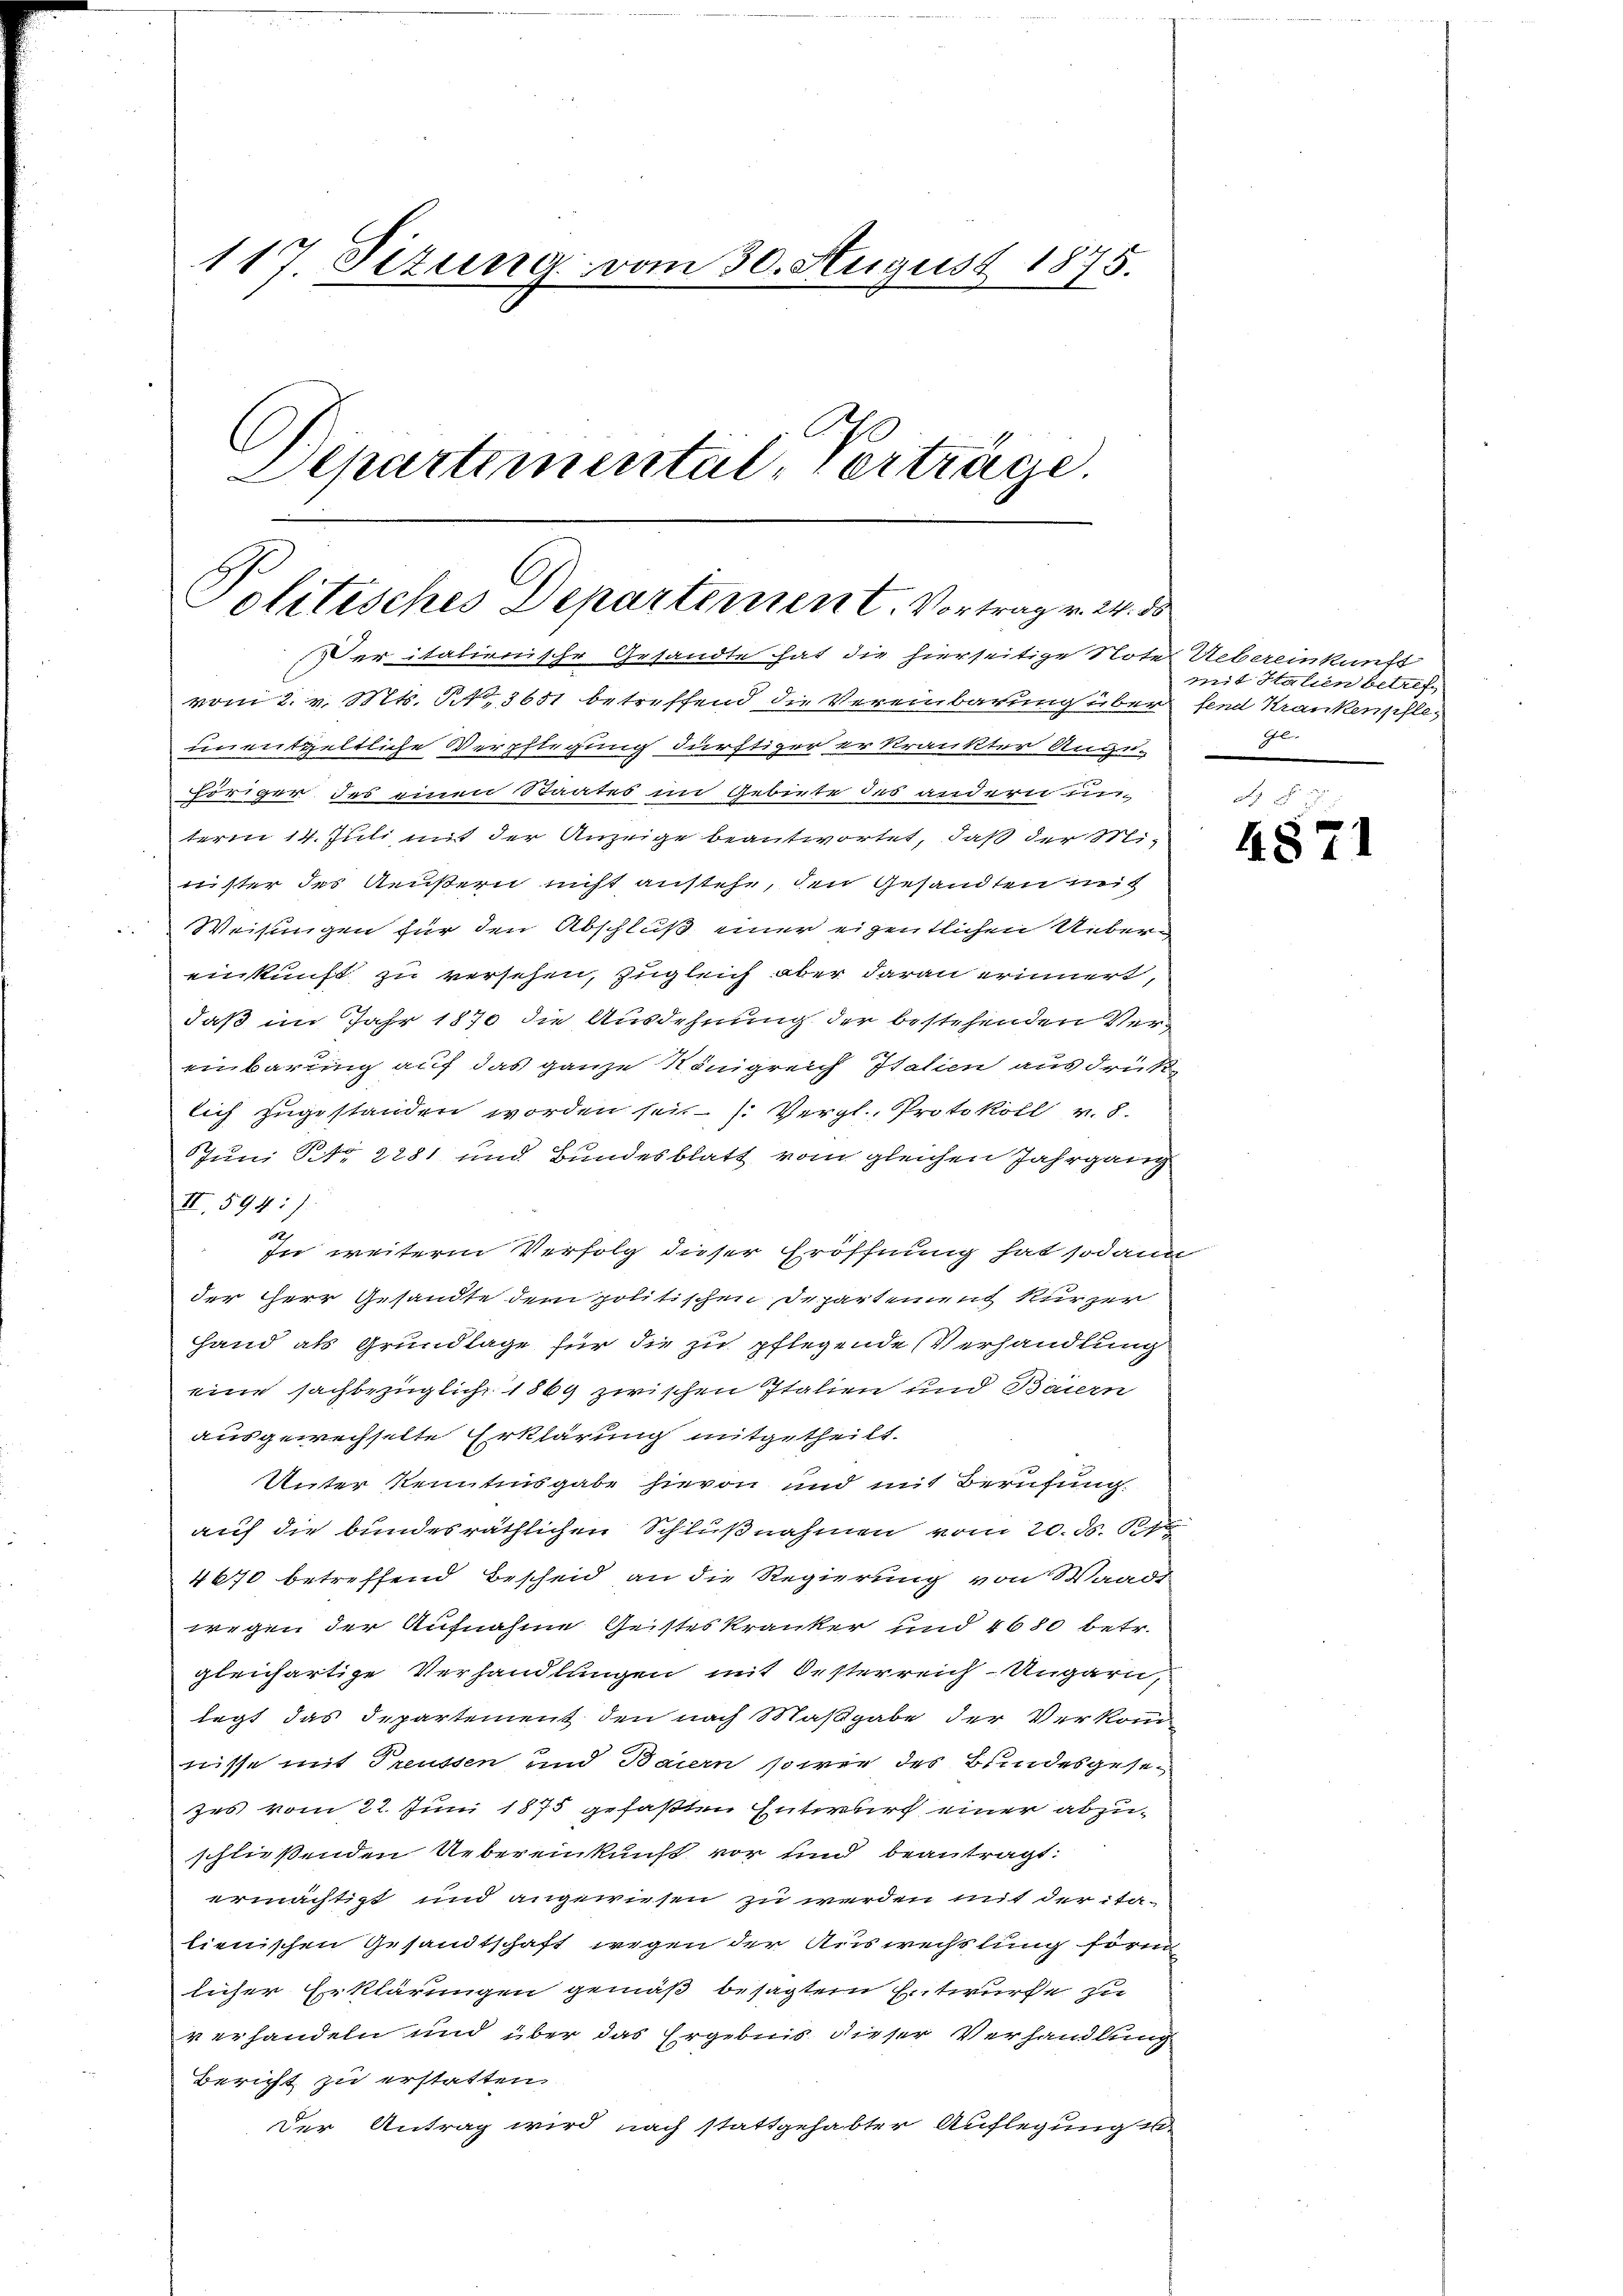
117. Setzung vom 30. August 1875.
C
Departemental, Verträge.

Politisches Departement. Vortrag v. 24. ds
Der italienische Gesandte hat die hierseitige Note Uebereinkunft

vom 2. v. Mts. S. 3651 betreffend die Vereinbarung über fend Krankenschleunentgeltliche Verpflegung dürftiger erkrankter Ange-
höriger des einen Staates im Gebiete des andern un
term 14. Juli mit der Anzeige beantwortet, daß der Minister des Aeußern nicht anstehe, den Gesandten mich
Weisungen für den Abschluß einer eigentlichen Uebereinkunft zu versehen, zugleich aber daran erinnert,
daß im Jahr 1870 die Ausdehnung der bestehenden Vereinbarung auf das ganze Königreich Italien ausdrük
lich zugestanden worden sei. – . Vergl. Protokoll v. 8.
Juni No 2281 und Bundesblatt vom gleichen Jahrgang
II. 594:
1
In weiterm Verfolg dieser Eröffnung hat sodann
der Herr Gesandte dem politischen Departement Kurzer
Hand als Grundlage für die zu pflegende Verhandlung
eine sachbezüglich 1869 zwischen Italien und Baiern
ausgewechselte Erklärung mitgetheilt.
Unter Kenntinsgabe hievon und mit Berufung
auf die bundesräthlichen Schlußnahmen vom 20. d. 178
4670 betreffend Bescheid an die Regierung von Waadt
wegen der Aufnahme Geisteskranker und 4680 betr.
gleichartige Verhandlungen mit Oesterreich Ungarn,
legt das Departement den nach Maßgabe der Verkom
nisse mit Treussen und Baiern sowie des Bundesgesezes vom 22. Juni 1875 gefaßten Entwurf einer abzu-
schließenden Uebereinkunft vor und beantragt.
ermächtigt und angewiesen zu werden mit der ita-
lienischen Gesandtschaft wegen der Auswechslung förm
licher Erklärungen gemäß besagtern Entwurfe zu
verhandeln und über das Ergebnis dieser Verhandlung
Bericht zu erstatten
Der Antrag wird nach stattgehabter Auflegung de

mit Halien betref
Gl.

4871